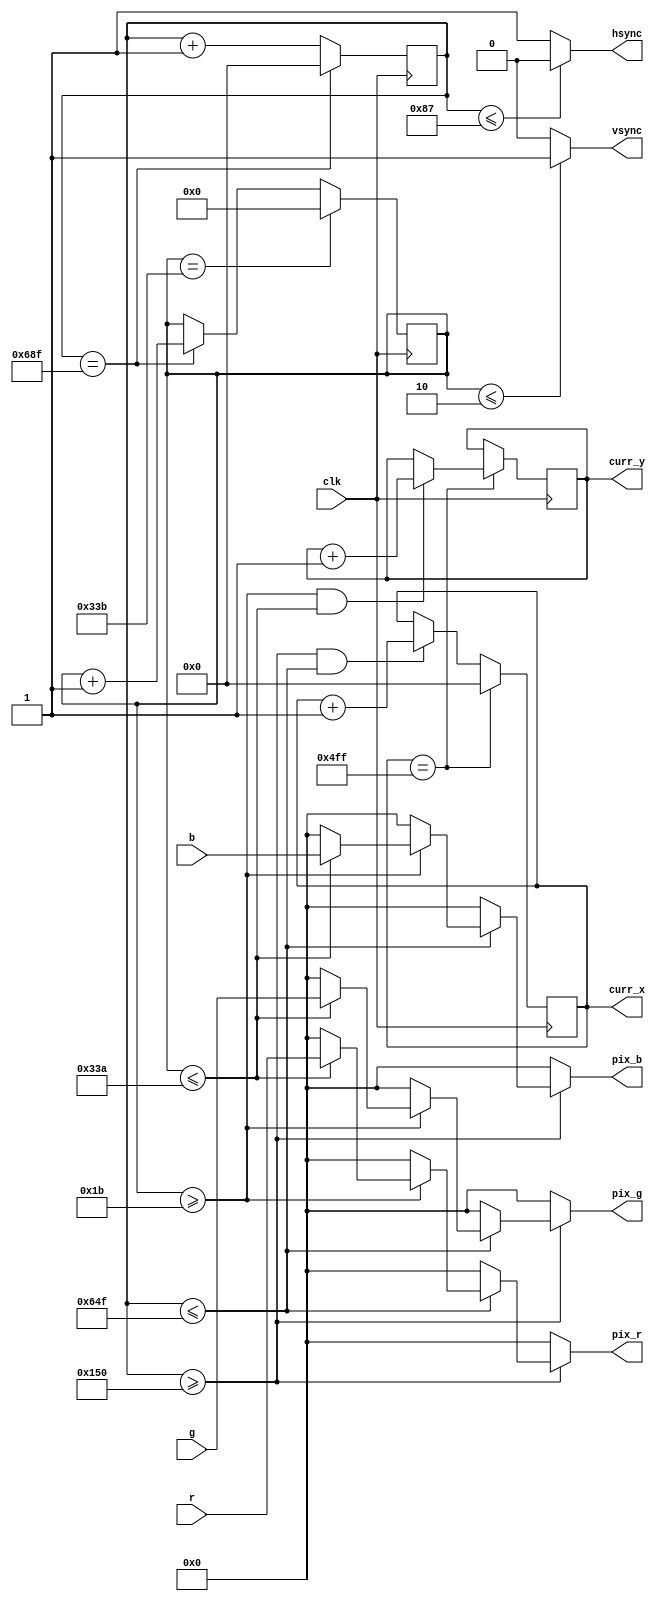
`timescale 1ns / 1ps
//////////////////////////////////////////////////////////////////////////////////
// Company: 
// Engineer: 
// 
// Design Name: 
// Module Name: vga_out
// Project Name: 
// Target Devices: 
// Tool Versions: 
// Description: 
// 
// Dependencies: 
// 
// Revision:
// Revision 0.01 - File Created
// Additional Comments:
// 
//////////////////////////////////////////////////////////////////////////////////



module vga_out(
    input clk,
    input [3:0] r, g, b,
    output [3:0] pix_r, pix_g, pix_b,
    output hsync, vsync,
    output reg [10:0] curr_x,
    output reg [9:0] curr_y
    );
    
    // video parameters
    parameter H_COUNT_MAX = 1679;
    parameter V_COUNT_MAX = 827;

    parameter H_COUNT_ADDR_MIN = 336;
    parameter H_COUNT_ADDR_MAX = 1615;
    parameter V_COUNT_ADDR_MIN = 27;
    parameter V_COUNT_ADDR_MAX = 826;

    parameter CURR_X_MAX = 1279;
    parameter CURR_Y_MAX = 799;

    parameter H_SYNC_TOGGLE = 135;
    parameter V_SYNC_TOGGLE = 2;

    // counters
    reg [10:0] hcount = 0;      // max : 1679
    reg [9:0] vcount = 0;       // max : 827

    initial curr_x = 0;
    initial curr_y = 0;
    
    always@(posedge clk) begin
        
        hcount <= hcount + 1;   // blocking assignment will only take it to 1678
        if(hcount == H_COUNT_MAX) begin
            hcount <= 0;
            vcount <= vcount + 1;
        end
        if(vcount == V_COUNT_MAX) begin
            vcount <= 0;
        end
        
    end

    always@(posedge clk) begin
        
        if(hcount >= H_COUNT_ADDR_MIN && hcount <= H_COUNT_ADDR_MAX) begin
            curr_x <= curr_x + 1;
        end
        if(curr_x == CURR_X_MAX) begin
            curr_x <= 0;
            if(vcount >= V_COUNT_ADDR_MIN && vcount <= V_COUNT_ADDR_MAX) begin
                curr_y <= curr_y + 1;
            end
        end
        if(curr_y == CURR_X_MAX) begin
            curr_y <= 0;
        end

    end
    
assign hsync = hcount <= H_SYNC_TOGGLE ? 0 : 1;
assign vsync = vcount <= V_SYNC_TOGGLE ? 1 : 0;

assign pix_r = hcount >= H_COUNT_ADDR_MIN ? hcount <= H_COUNT_ADDR_MAX ? vcount >= V_COUNT_ADDR_MIN ? vcount <= V_COUNT_ADDR_MAX ? 
                r : 0 : 0 : 0 : 0;  
assign pix_g = hcount >= H_COUNT_ADDR_MIN ? hcount <= H_COUNT_ADDR_MAX ? vcount >= V_COUNT_ADDR_MIN ? vcount <= V_COUNT_ADDR_MAX ? 
                g : 0 : 0 : 0 : 0;  
assign pix_b = hcount >= H_COUNT_ADDR_MIN ? hcount <= H_COUNT_ADDR_MAX ? vcount >= V_COUNT_ADDR_MIN ? vcount <= V_COUNT_ADDR_MAX ?
                b : 0 : 0 : 0 : 0;


endmodule